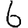
Digit: 6